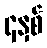
၄နှစ်